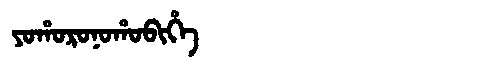
Manchu: ᠶᠣᡥᠣᡵᠣᠨᠣᡥᠣᠪᡳᡥᡝ
Romanization: YOHORONOHOBIHE